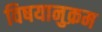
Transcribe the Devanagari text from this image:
विषयानुक्रम